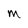
Character: M